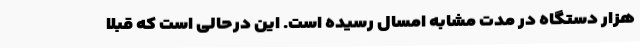
هزار دستگاه در مدت مشابه امسال رسیده است. این درحالی است که قبلا